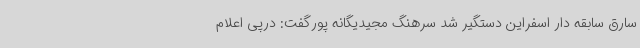
سارق سابقه دار اسفراین دستگیر شد سرهنگ مجیدیگانه پورگفت: درپی اعلام